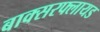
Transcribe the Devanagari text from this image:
बाक्सरफ्लायड